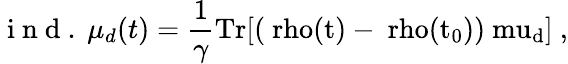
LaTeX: \mathrm{~i~n~d~.~}\mu_{d}(t)=\frac{1}{\gamma}\mathrm{{Tr}[(\ rho(t)-\ rho(t_{0}))\ mu_{d}]~,}